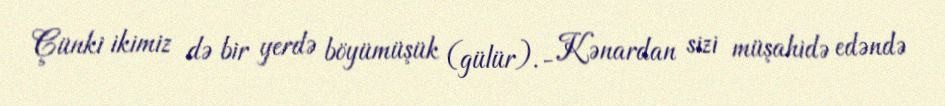
Çünki ikimiz də bir yerdə böyümüşük (gülür).- Kənardan sizi müşahidə edəndə